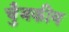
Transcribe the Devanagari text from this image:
चुँबकीय